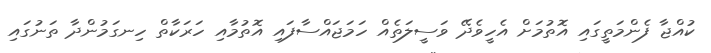
ކުއްޖާ ފެންމަތީގައި އޮތުމަށް އެހީވެދޭ ވަސީލަތެއް ހަމަޖައްސާފައި އޮތުމާއި ހަރަކާތް ހިނގަމުންދާ ތަނުގައި